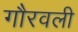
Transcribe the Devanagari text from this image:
गौरवली